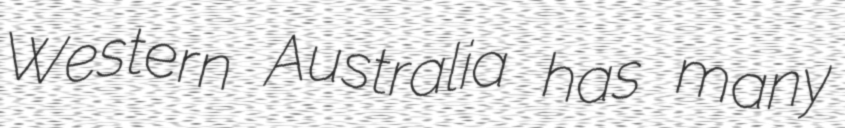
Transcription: Western Australia has many